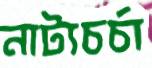
নাট্যচর্চা